Lunatic asylums Bombay report 1878-1890 - 1878-1890
Year: 1878
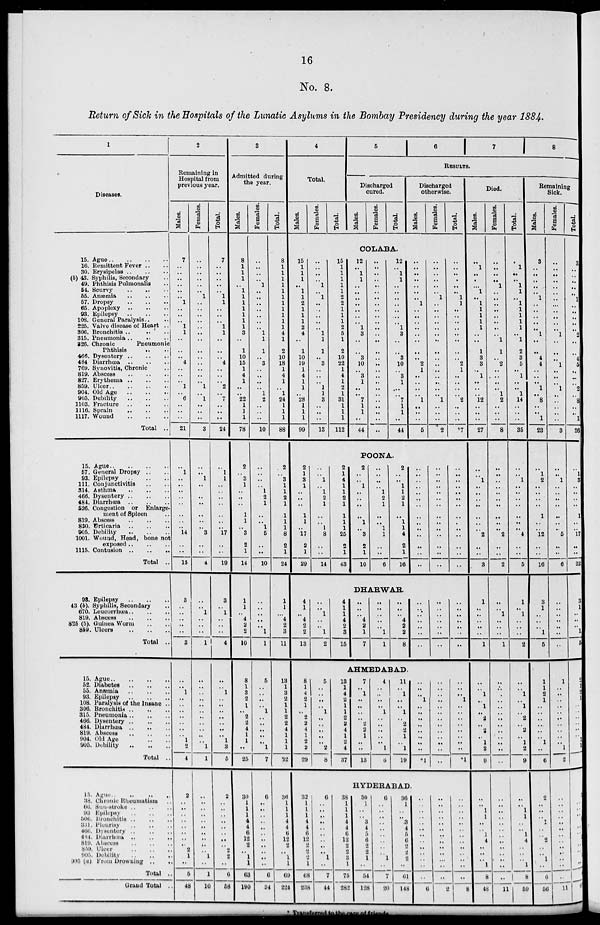
16
No. 8.
Return of Sick in the Hospitals of the Lunatic Asylums in the Bombay Presidency during the year 1884.
1
Diseases.
15. Ague .. .. .. ..
16. Remittent Fever .. ..
30. Erysipleas .. .. ..
(b) 43. Syphilis, Secondary ..
49. Phthisis Pulmonalis ..
54. Scurvy .. .. ..
55. Anæmia
..
..
..
57. Dropsy .. .. ..
65. Apoplexy
..
..
..
93. Epilepsy
..
..
..
108. General Paralysis .. ..
225. Valve disease of Heart ..
306. Bronchitis .. .. ..
315. Pneumonia .. .. ..
326. Chronic Pneumonic
Phthisis .. ..
466. Dysentery
..
..
..
484 Diarrhœa
..
..
..
769. Synovitis, Chronic ..
819. Abscess .. .. ..
827. Erythema .. .. ..
859. Ulcer
..
..
..
904. Old Age .. .. ..
905. Debility
..
..
..
1103. Fracture
..
..
..
1116. Sprain
..
..
..
1117. Wound
..
..
..
Total ..
15. Ague .. .. .. ..
57. General Dropsy .. ..
93. Epilepsy
..
..
..
111. Conjunctivitis .. ..
314. Asthma
..
..
..
466. Dysentery
..
..
..
484. Diarrhœa
..
..
..
526. Congestion or
Enlarge-
ment of Spleen ..
819. Abscess
..
..
..
830. Urticaria
..
..
..
905. Debility
..
..
..
1001. Wound, Head, bone not
exposed
..
..
..
1115. Contusion
..
..
..
Total ..
93. Epilepsy
..
..
..
43 (b). Syphilis, Secondary ..
670.
Leucorrhœa .. .. ..
819. Abscess
..
..
..
826 (5). Guinea Worm .. ..
859. Ulcers
..
..
..
Total ..
15.
Ague
..
..
..
..
52. Diabetes .. .. ..
55. Anæmia
..
..
..
93. Epilepsy
..
..
..
108. Paralysis of the Insane ..
306. Bronchitis
..
..
..
315. Pneumonia
..
..
..
466. Dysentery
..
..
..
484. Diarrhœa .. .. ..
819. Abscess .. .. ..
904. Old Age .. ..
905. Debility
..
..
..
Total ...
15-
Ague
..
..
..
..
38. Chronic Rheumatism ..
66. Sun-stroke
..
..
..
93.
Epilepsy
..
..
..
306. Bronchitis .. .. ..
331. Pleurisy .. .. ..
406. Dysentery .. .. ..
484. Diarrhœa .. .. ..
819. Abbess .. .. ..
859. Ulcer .. .. ..
905. Debility .. .. ..
995 (a). From Drowning .. ..
Total ..
Grand Total ..
2
Remaining in
Hospital from
previous year.
Males.
7
..
..
..
..
..
..
1
..
..
..
1
1
..
..
..
4
..
..
..
1
..
6
..
..
21
..
1
..
..
..
..
..
..
..
..
14
..
..
15
3
..
..
..
..
..
3
..
..
1
..
..
..
..
..
..
..
1
2
4
2
..
..
..
..
..
..
..
..
2
1
..
5
48
Females.
..
..
..
..
..
..
1
..
..
..
..
..
..
..
..
..
..
..
..
..
1
..
1
..
..
..
3
..
..
1
..
..
..
..
..
..
..
3
..
..
4
..
..
1
..
..
..
1
..
..
..
..
..
..
..
..
..
..
..
1
1
..
..
..
..
..
..
..
..
..
..
1
..
1
10
Tot al .
7
..
..
..
..
..
1
1
..
..
..
1
1
..
..
..
4
..
..
..
2
..
7
..
..
..
24
..
1
1
..
..
..
..
..
..
..
17
..
..
19
3
..
1
..
..
..
4
..
..
1
..
..
..
..
..
..
..
1
3
5
2
..
..
..
.. ..
..
..
..
2
2
..
6
58
3
Admitted during
the year.
Males.
8
1
1
1
..
1
1
1
1
1
1
1
3
..
1
10
15
1
4
1
..
..
22
1
1
1
78
2
..
3
1
..
..
..
1
1
..
3
2
1
14
1
1
..
4
2
2
10
8
1
3
2
1
..
2
2
4
1
1
..
25
30
1
1
1
4 4
6
12
2
..
1
1
63
190
Females.
..
..
..
1
..
..
..
..
..
..
..
1
1
1
..
3
..
..
..
..
1
2
..
..
..
10
..
..
..
..
1
2
1
..
..
1
5
..
..
10
..
..
..
..
..
1
1
5
..
..
..
..
1
..
..
..
..
..
1
7
6
..
..
..
..
..
..
..
..
..
..
..
6
34
Total.
8
1
1
1
1
1
1
1
1
1
1
1
4
1
2
10
18
1
4
1
..
1
24
1
1
1
88
2
..
3
1
1
2
1
1
1
1
8
2
1
24
1
1
..
4
2
3
11
13
1
3
2
1
1
2
2
4
1
1
1
32
36
1
1
1
4
4
6
12
2
..
1
1
69
224
4
Total.
Males.
Females.
Total.
5
6 7 8
RESULTS.
Dischcharged
cured.
Males.
Females.
Total.
COLABA.
15
1
1
1
..
1
1
2
1
1
1
2
4
..
1
10
19
1
4
1
1
..
28
1
1
1
99
..
..
..
..
1
..
1
..
..
..
..
..
1
1
1
..
3
..
..
..
1
1
3
..
..
..
13
15
1
1
1
1
1
2
2
1
1
1
2
5
1
2
10
22
1
4
1
2
1
31
1
1
1
112
12
..
1
1
..
..
..
..
..
..
..
1
3
..
..
3
10
..
3
1
..
..
7
1
1
..
44
..
..
..
..
..
..
..
..
..
..
..
..
..
..
..
..
..
..
..
..
..
..
..
..
..
..
..
12
..
1
1
..
..
..
..
..
..
..
1
3
..
..
3
10
..
3
1
..
..
7
1
1
..
44
Discharged
otherwise.
Males.
..
..
..
..
..
..
..
1
..
..
..
..
..
..
..
..
2
1
..
..
..
..
1
..
..
..
5
Females.
..
..
..
..
..
..
1
..
..
..
..
..
..
..
..
..
..
..
..
..
..
..
1
..
..
..
2
Total.
..
..
..
..
..
..
1
1
..
..
..
..
..
..
..
..
2
1
..
..
..
..
2
..
..
..
*7
POONA.
2
1
3
1
..
..
..
1
1
..
17
2
1
29
2
..
1
..
1
2
1
..
..
1
8
..
..
14
1
4
1
1
2
1
1
1
1
25
2
1
43
2
..
..
1
..
..
..
..
1
..
3
2
1 10
..
..
..
..
1
2
1
..
..
1
1
..
..
..
2
..
..
1
1
2
1
..
1
1
4
2
1
16
..
..
..
..
..
..
..
..
..
..
..
..
..
..
..
..
..
..
..
..
..
..
..
..
..
..
..
..
..
..
..
..
..
..
..
..
..
..
..
..
..
..
DHARWAR.
4
1
..
4
2
2
13
.. ..
1
..
..
1
2
1
4
2
3
15
4
..
..
4
2
1
7
..
..
..
..
..
1
1
..
..
..
4
2
2
8
..
..
..
..
..
..
..
..
..
..
..
..
..
..
..
..
..
..
..
..
..
AHMEDABAD.
8
1
4
2
1
..
2
2
4
1
2
2
29
5
..
..
..
..
1
..
..
..
..
..
2
8
13
1
4
2
1
1
2
2
4
1
2
4
37
7
..
1
..
..
..
..
2
2
1
..
..
13
4
..
..
..
..
1
..
..
..
..
..
1
6
11
..
1
..
..
1
..
2
2
1
..
1
19
..
..
..
1
..
..
..
..
..
..
..
..
*1
..
..
..
..
..
..
..
..
..
..
..
..
..
..
..
..
1
..
..
..
..
..
..
..
..
*1
HYDERABAD.
32
1
1
1
4
4
6
12
2
2
1
..
68
238
6
..
..
..
..
..
..
..
..
1
..
..
7
44
38
1
1
1
4
4
6
12
2
2
3
1
75
282
30
1
..
..
3
4
5
6
2
2
1
..
54
128
6
..
..
..
..
..
..
..
..
..
1
..
7
20
36
1
..
..
3
4
5
6
2
2
2
..
61
148
..
..
..
..
..
..
..
..
..
..
..
..
..
6
..
..
..
..
..
..
..
..
..
..
..
..
..
2
..
..
..
..
..
..
..
..
..
..
..
..
..
8
Died.
Males.
..
1
..
..
..
1
..
1
1
1
1
1
..
..
1
3
3
..
1
..
..
..
12
..
..
..
27
..
..
1
..
..
..
..
..
..
..
2
..
..
3
1
..
..
..
..
..
1
..
..
1
..
1
..
2
..
2
..
1
2
9
..
..
1
1
..
..
1
4
..
..
..
1
8
48
Females.
..
..
..
..
1
..
..
..
..
..
..
..
..
1
1
..
2
..
..
..
..
1
2
..
..
..
8
..
..
..
..
..
..
..
..
..
..
2
..
..
2
..
..
1
..
..
..
1
..
..
..
..
..
..
..
..
..
..
..
..
..
Total.
..
1
..
..
1
1
..
1
1
1
1
1
..
1
2
3
5
..
1
..
..
1
14
..
..
..
35
..
..
1
..
..
..
..
..
..
..
4
..
..
5
1
..
1
..
..
..
2
..
..
1
..
1
..
2
..
2
..
1
2
9
..
..
..
..
..
..
..
..
..
..
..
..
..
11
..
..
1
1
..
..
1
4
..
..
..
1
8
59
Remaining
Sick
Males.
3
..
..
..
..
..
1
..
..
..
..
..
1
..
..
4
4
..
..
..
1
..
8
..
..
1
23
..
1
2
..
..
..
..
1
..
..
12
..
..
16
3
1
..
..
..
1
5
1
1
2
1
..
..
..
..
..
..
1
..
6
2
..
..
..
1
..
..
2
..
..
1
..
6
56
Fe ma l
e s .
..
..
..
..
..
..
..
..
..
..
..
..
1
..
..
..
1
..
..
..
1
..
..
..
..
..
3
..
..
1
..
..
..
..
..
..
..
5
..
..
6
..
..
..
..
..
..
..
1
..
..
..
..
..
..
..
..
..
..
..
2
..
..
..
..
..
..
..
..
..
..
..
..
..
11
Total.
3
..
..
..
..
..
1
..
..
..
..
..
2
..
..
4
5
..
..
..
2
..
8
..
..
1
26
..
1
3
..
..
..
..
1
..
..
17
..
..
22
3
..
..
..
..
1
5
2
1
2
1
..
..
..
..
..
..
1
1
8
2
..
..
..
1
..
..
2
..
..
1
..
6
67
Transferred to the care of friends